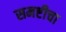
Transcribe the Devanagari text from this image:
समष्टीचा